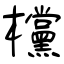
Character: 欓